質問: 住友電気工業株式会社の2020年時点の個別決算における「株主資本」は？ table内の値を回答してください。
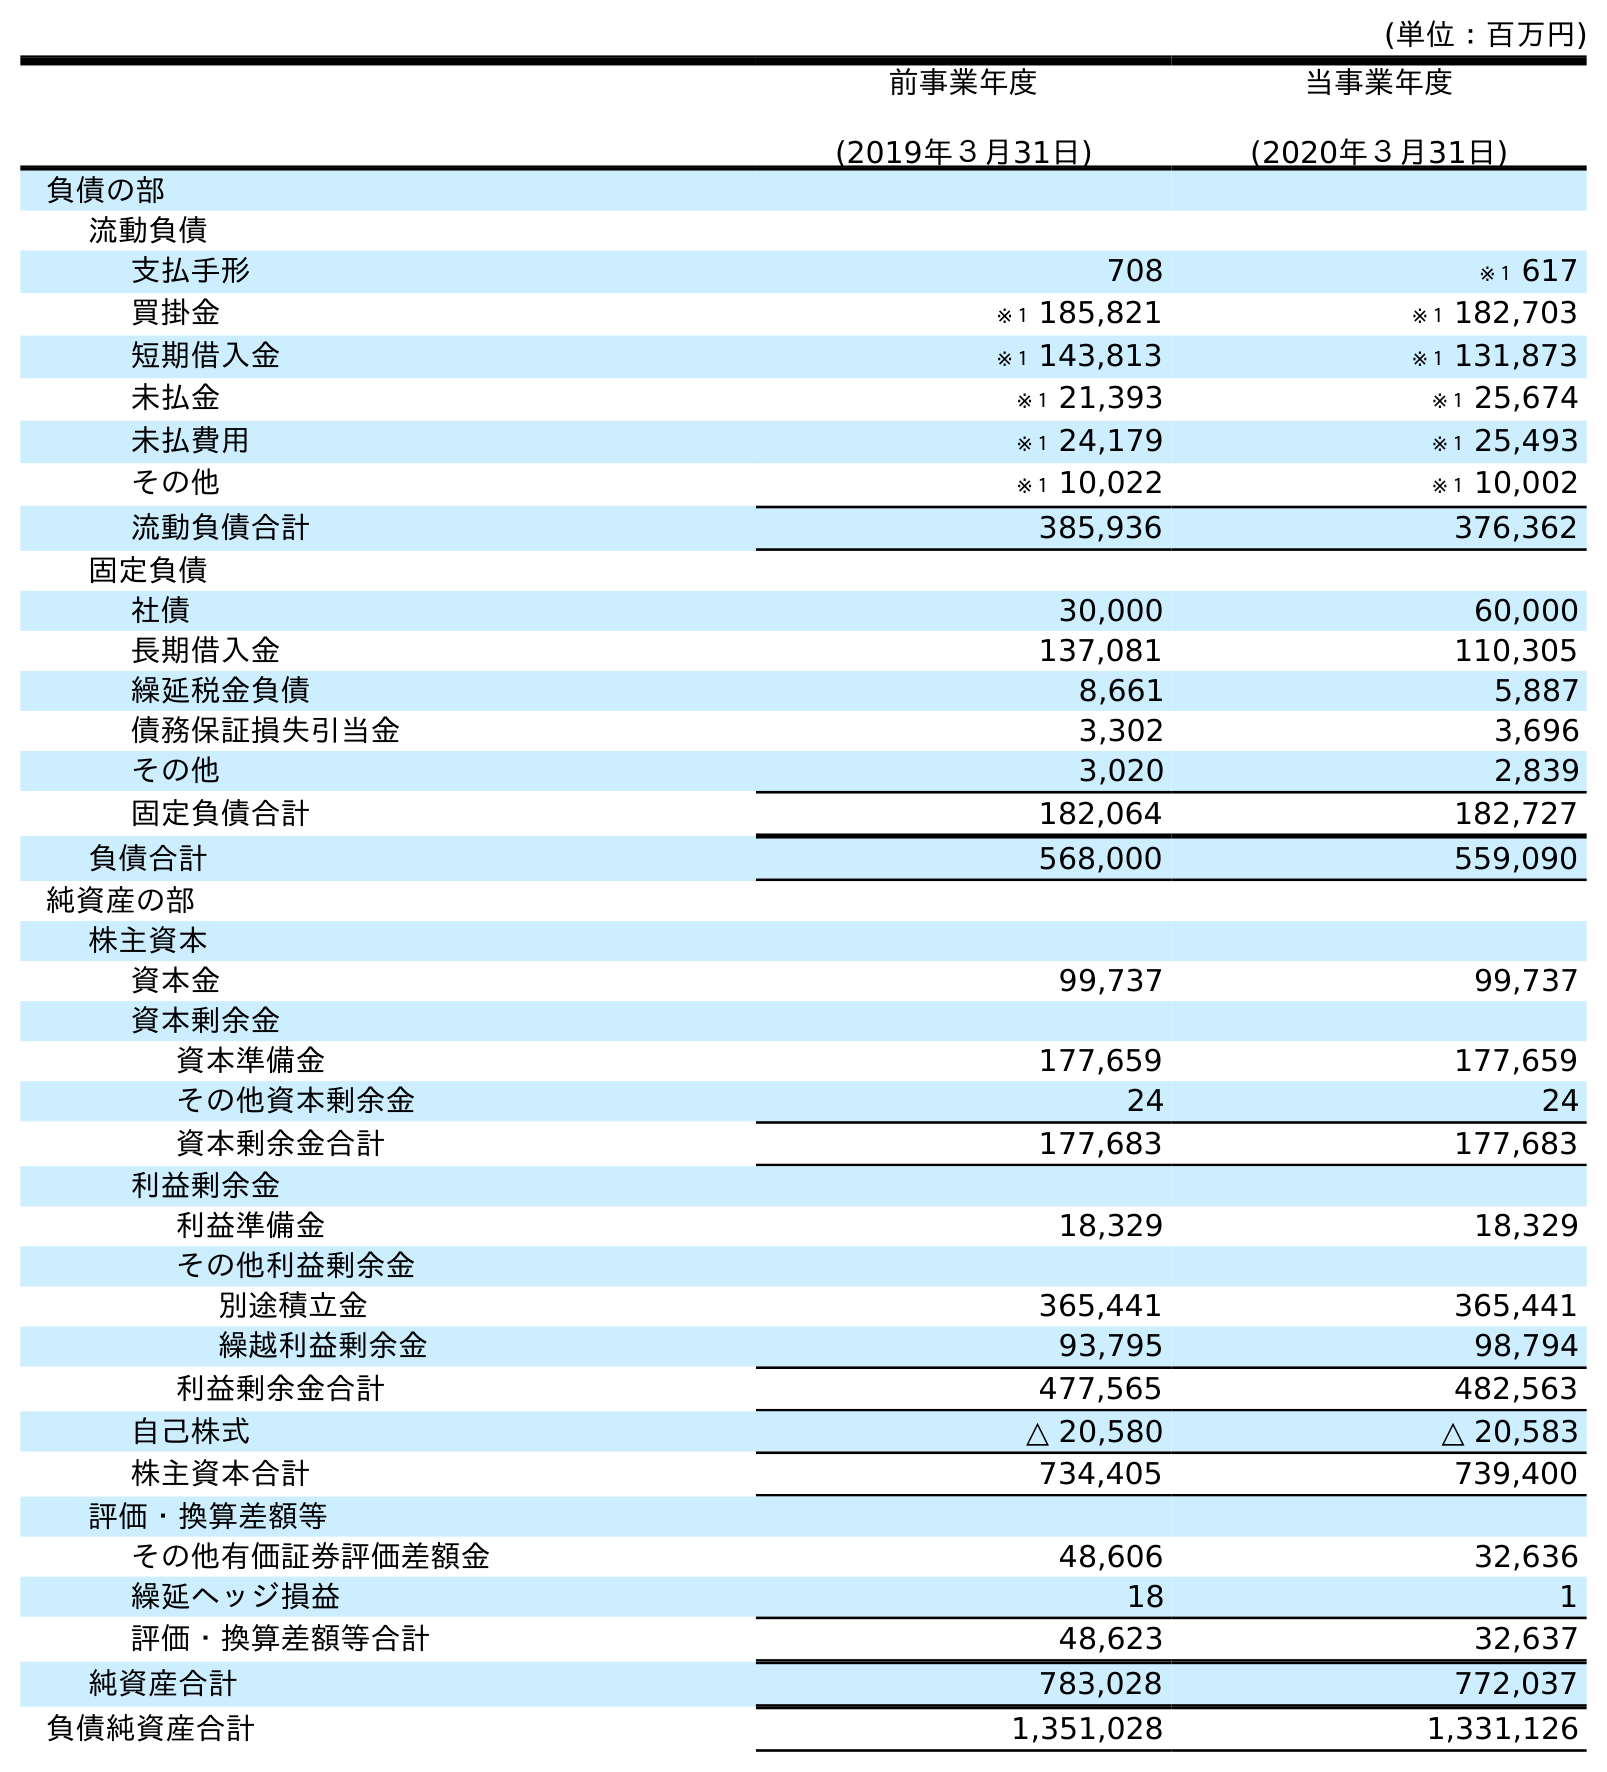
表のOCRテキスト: (単位：百万円) 前事業年度 (2019年３月31日) 当事業年度 (2020年３月31日) 負債の部 流動負債 支払手形 708 ※１ 617 買掛金 ※１ 185,821 ※１ 182,703 短期借入金 ※１ 143,813 ※１ 131,873 未払金 ※１ 21,393 ※１ 25,674 未払費用 ※１ 24,179 ※１ 25,493 その他 ※１ 10,022 ※１ 10,002 流動負債合計 385,936 376,362 固定負債 社債 30,000 60,000 長期借入金 137,081 110,305 繰延税金負債 8,661 5,887 債務保証損失引当金 3,302 3,696 その他 3,020 2,839 固定負債合計 182,064 182,727 負債合計 568,000 559,090 純資産の部 株主資本 資本金 99,737 99,737 資本剰余金 資本準備金 177,659 177,659 その他資本剰余金 24 24 資本剰余金合計 177,683 177,683 利益剰余金 利益準備金 18,329 18,329 その他利益剰余金 別途積立金 365,441 365,441 繰越利益剰余金 93,795 98,794 利益剰余金合計 477,565 482,563 自己株式 △ 20,580 △ 20,583 株主資本合計 734,405 739,400 評価・換算差額等 その他有価証券評価差額金 48,606 32,636 繰延ヘッジ損益 18 1 評価・換算差額等合計 48,623 32,637 純資産合計 783,028 772,037 負債純資産合計 1,351,028 1,331,126
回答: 739,400